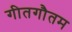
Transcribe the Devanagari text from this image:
गीतगौतम